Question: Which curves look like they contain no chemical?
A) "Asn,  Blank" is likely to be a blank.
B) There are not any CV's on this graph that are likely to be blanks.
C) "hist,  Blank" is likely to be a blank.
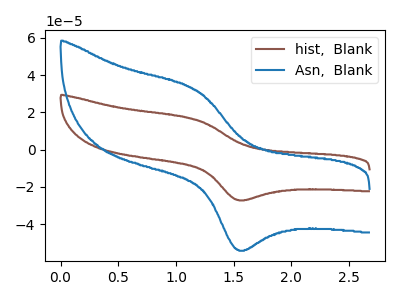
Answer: <think>The brown curve "hist,  Blank" has an anodic peak at (1.20V, 16.00uA) and a cathodic peak at (1.55V, -27.05uA). The blue curve "Asn,  Blank" has an anodic peak at (1.20V, 31.80uA) and a cathodic peak at (1.55V, -53.85uA).</think>
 <answer>B) There are not any CV's on this graph that are likely to be blanks.</answer>
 <eval>B</eval>